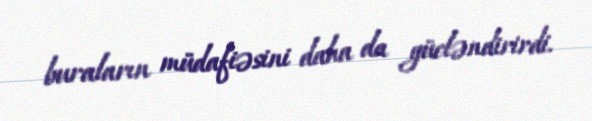
buraların müdafiəsini daha da gücləndirirdi.